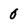
Character: 0